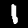
Digit: 1